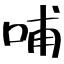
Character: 哺